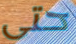
حتى